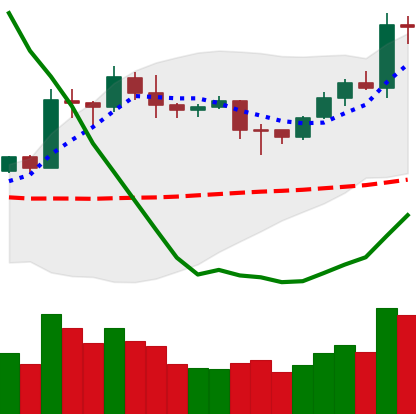
Ticker: LTC-USD
Chart end date: 2020-01-31
Forward return: 6.797%
Label: up_5_7